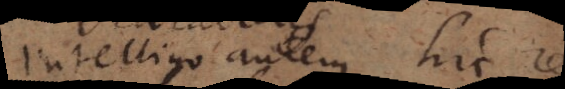
Intelligo autem hic r